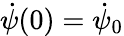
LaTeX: \dot{\psi}(0)=\dot{\psi}_{0}